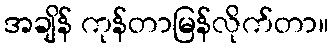
အချိန် ကုန်တာမြန်လိုက်တာ။